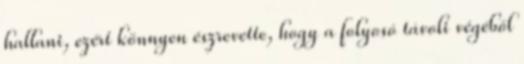
hallani, ezért könnyen észrevette, hogy a folyosó távoli végéből